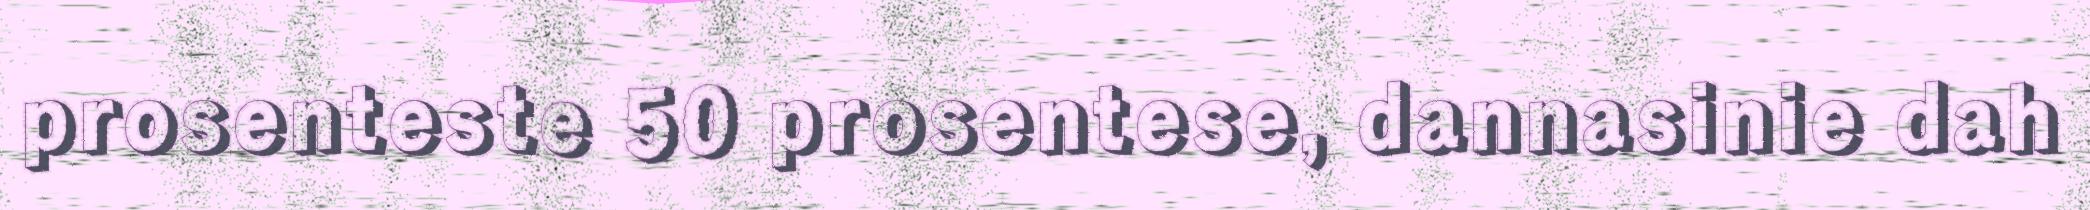
prosenteste 50 prosentese, dannasinie dah